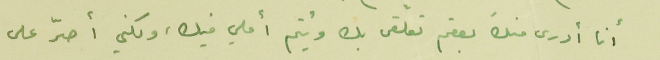
أنا أدرى منك بعقم تعلّقى بك ويُتم أملي فيك، ولكني أصرّ على